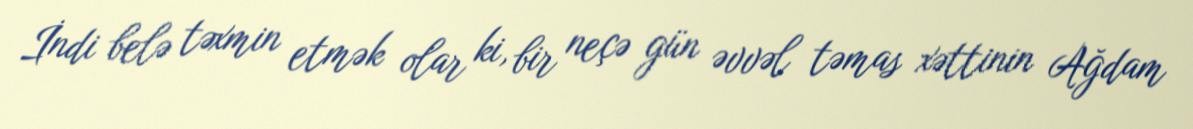
İndi belə təxmin etmək olar ki, bir neçə gün əvvəl təmas xəttinin Ağdam